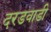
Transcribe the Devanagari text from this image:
दरडवाडी